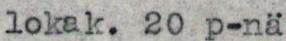
lokak. 20 p-nä